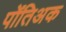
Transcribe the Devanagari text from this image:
पोंतिअक